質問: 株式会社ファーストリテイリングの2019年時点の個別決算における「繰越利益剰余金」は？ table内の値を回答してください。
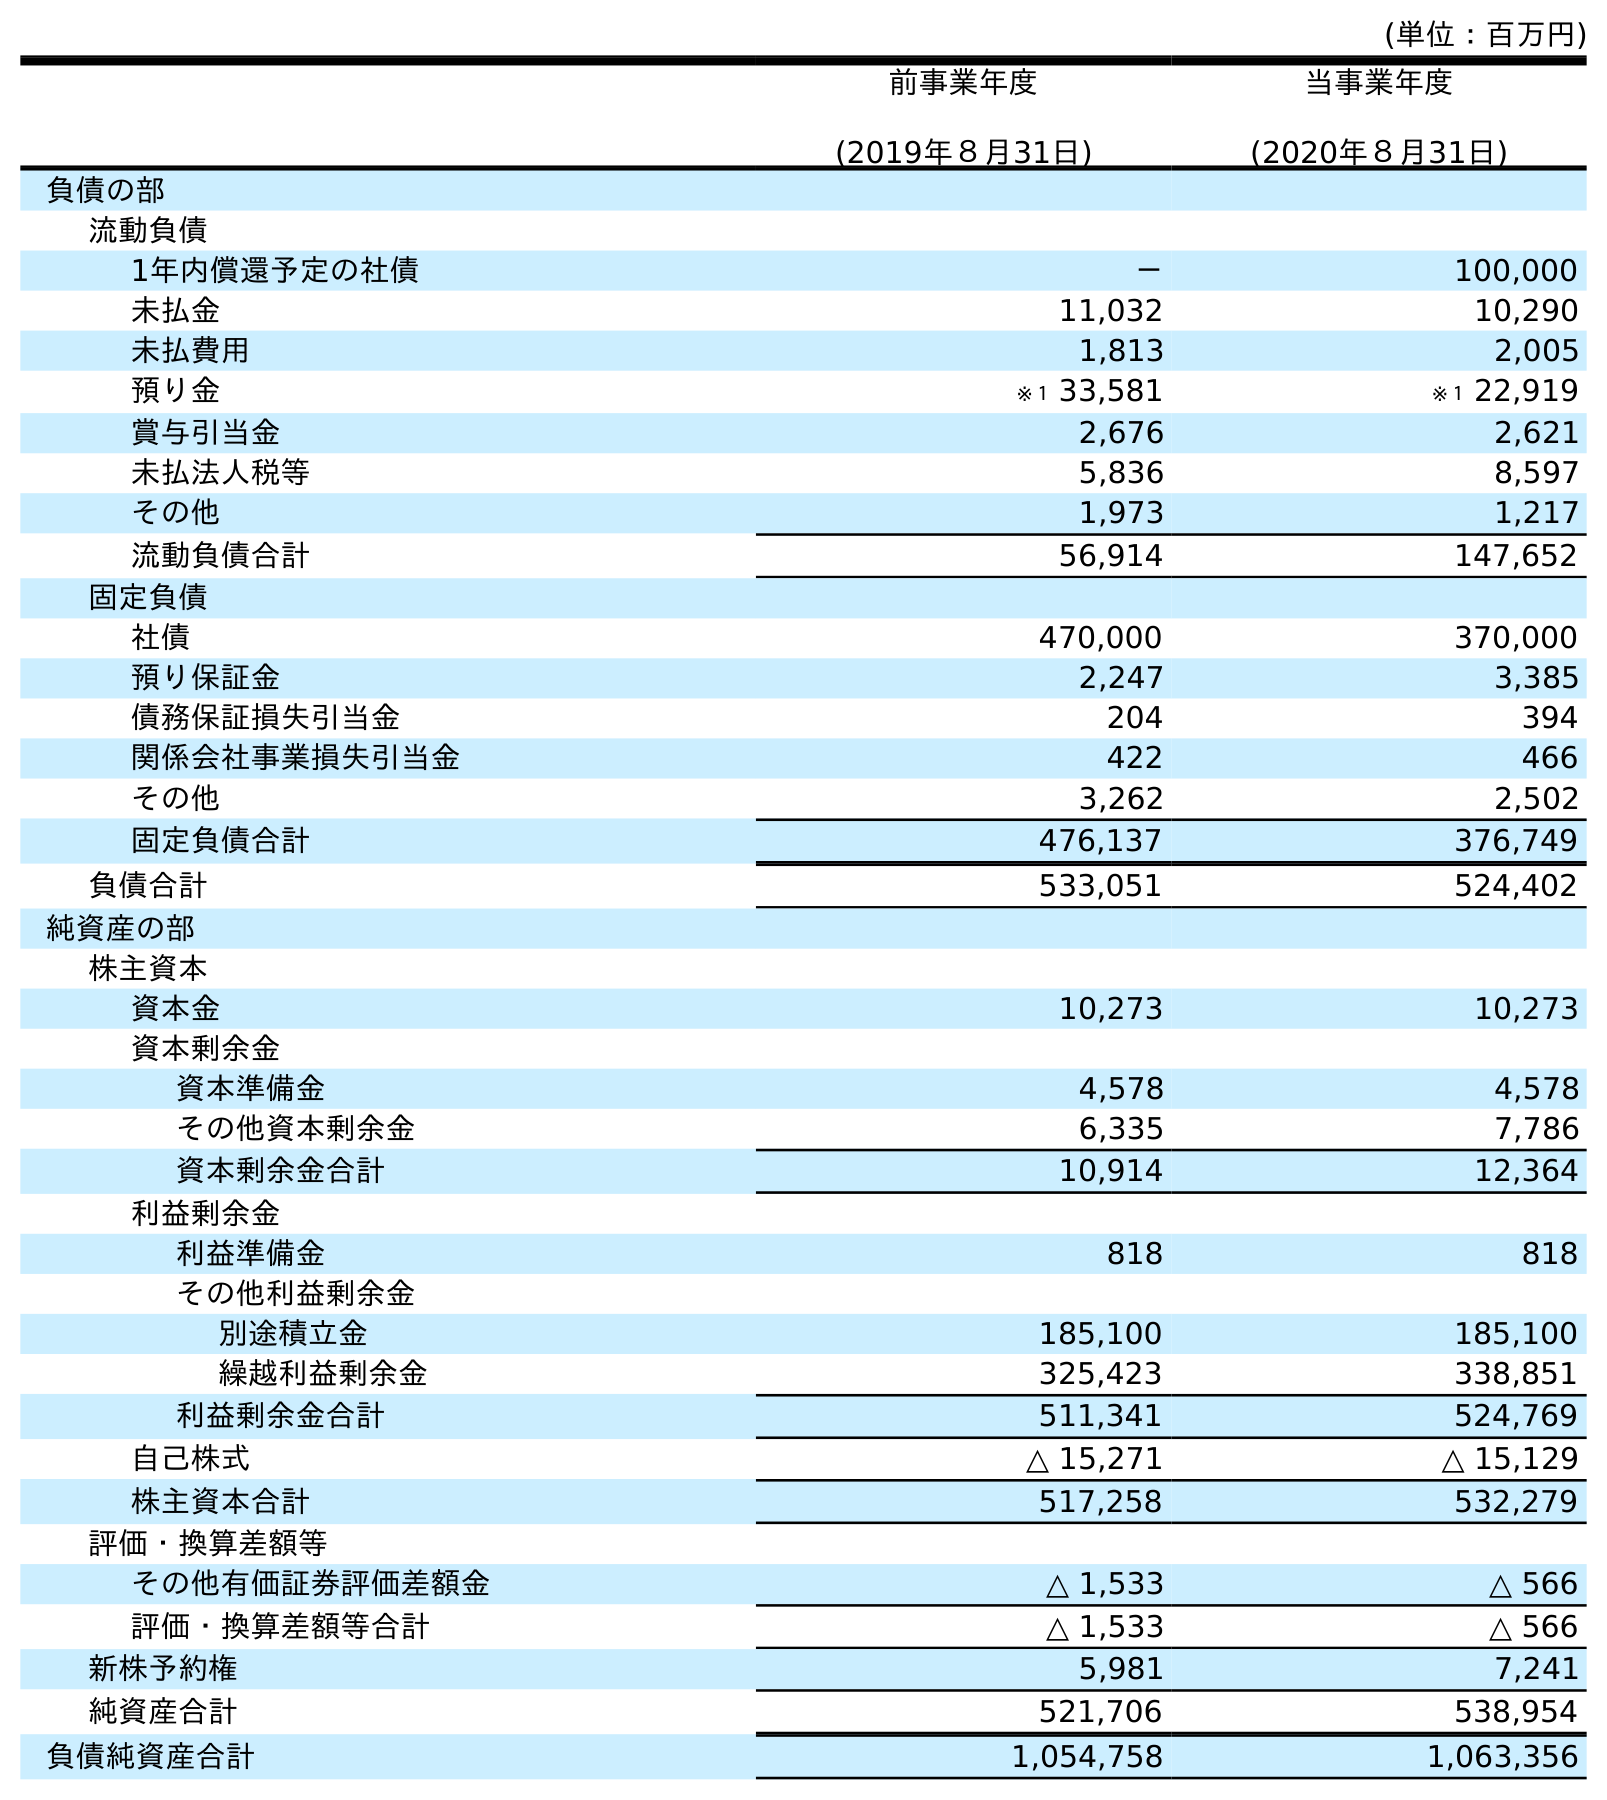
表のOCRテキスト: (単位：百万円) 前事業年度 (2019年８月31日) 当事業年度 (2020年８月31日) 負債の部 流動負債 1年内償還予定の社債 － 100,000 未払金 11,032 10,290 未払費用 1,813 2,005 預り金 ※１ 33,581 ※１ 22,919 賞与引当金 2,676 2,621 未払法人税等 5,836 8,597 その他 1,973 1,217 流動負債合計 56,914 147,652 固定負債 社債 470,000 370,000 預り保証金 2,247 3,385 債務保証損失引当金 204 394 関係会社事業損失引当金 422 466 その他 3,262 2,502 固定負債合計 476,137 376,749 負債合計 533,051 524,402 純資産の部 株主資本 資本金 10,273 10,273 資本剰余金 資本準備金 4,578 4,578 その他資本剰余金 6,335 7,786 資本剰余金合計 10,914 12,364 利益剰余金 利益準備金 818 818 その他利益剰余金 別途積立金 185,100 185,100 繰越利益剰余金 325,423 338,851 利益剰余金合計 511,341 524,769 自己株式 △ 15,271 △ 15,129 株主資本合計 517,258 532,279 評価・換算差額等 その他有価証券評価差額金 △ 1,533 △ 566 評価・換算差額等合計 △ 1,533 △ 566 新株予約権 5,981 7,241 純資産合計 521,706 538,954 負債純資産合計 1,054,758 1,063,356
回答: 325,423